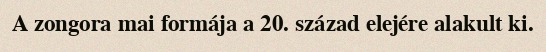
A zongora mai formája a 20. század elejére alakult ki.